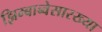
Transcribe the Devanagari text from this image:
झिम्बाब्वेसारख्या